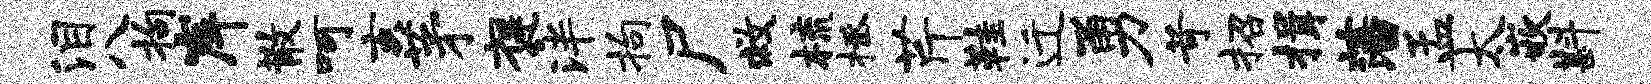
泪八拘岸散呵亥茅褒泮拘尸救梳拯芹鞋迁勇苛招揖藩孟太嵌斟